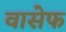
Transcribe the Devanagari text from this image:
वासेफ